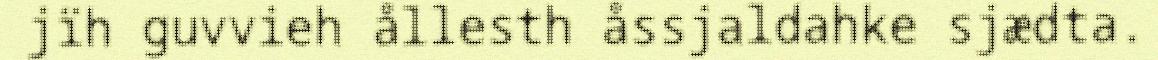
jïh guvvieh ållesth åssjaldahke sjædta.